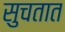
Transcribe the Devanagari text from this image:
सुचतात